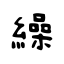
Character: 繰